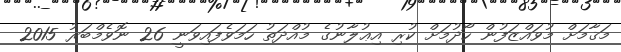
މަޤާމަށް މުވައްޒަފުން ހޯދުމަށް ކުރި އިޢުލާނުގެ މުއްދަތު ހަމަވެފައިވަނީ 26 ނޮވެމްބަރު 2015